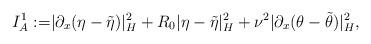
LaTeX: \begin{align*}I_A^1 := & |\partial_x(\eta - \tilde{\eta})|_{H}^2 + R_0|\eta - \tilde{\eta}|_H^2 +\nu^2|\partial_x (\theta - \tilde{\theta})|_{H}^2,\end{align*}